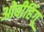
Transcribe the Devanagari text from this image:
ओबीहिंगू